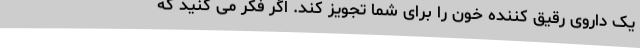
یک داروی رقیق کننده خون را برای شما تجویز کند. اگر فکر می کنید که